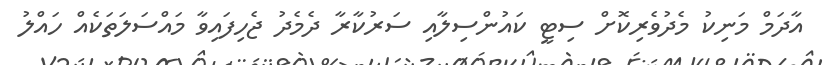
އާދަމް މަނިކު މެދުވެރިކޮށް ސިޓީ ކައުންސިލާއި ސަރުކާރާ ދެމެދު ޖެހިފައިވާ މައްސަލަތަކެއް ހައްލު